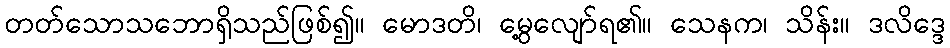
တတ်သောသဘောရှိသည်ဖြစ်၍။ မောဒတိ၊ မွေ့လျော်ရ၏။ သေနက၊ သိန်း။ ဒလိဒ္ဒေ